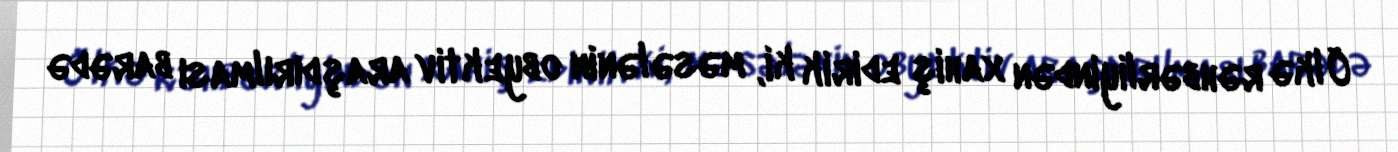
Ölkə rəhbərliyindən xahiş edirik ki, məsələnin obyektiv araşdırılması barədə